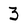
Character: 3